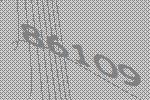
86109